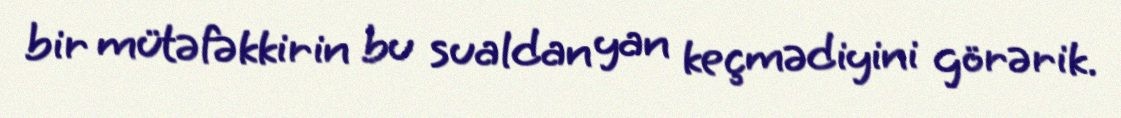
bir mütəfəkkirin bu sualdan yan keçmədiyini görərik.